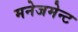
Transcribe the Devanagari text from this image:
मनेजमेन्ट